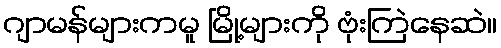
ဂျာမန်များကမူ မြို့များကို ဗုံးကြဲနေဆဲ။